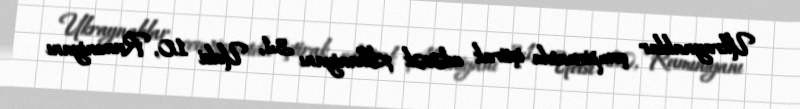
Ukraynalılar çempionatda iştirak edəcək Albaniyanı 3:1, Uelsi 1:0, Rumıniyanı